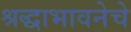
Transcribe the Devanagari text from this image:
श्रद्धाभावनेचे